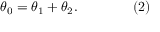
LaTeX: \theta _ { 0 } = \theta _ { 1 } + \theta _ { 2 } . \qquad \qquad ( 2 )